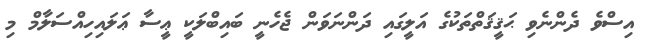
އިސްވެ ދެންނެވި ޙަޤީޤަތްތަކުގެ އަލީގައި ދަންނަވަން ޖެހެނީ ބައިބްލަކީ ޢީސާ ޢަލައިހިއްސަލާމް މި